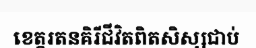
ខេត្តរតនគិរីជីវិតពិតសិស្សជាប់